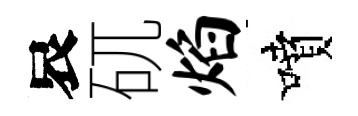
哀矹焰噴